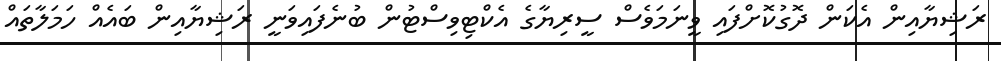
ރަޝިޔާއިން އެކަން ދޮގުކޮށްފައި ވީނަމަވެސް ސީރިޔާގެ އެކްޓިވިސްޓުން ބުނެފައިވަނީ ރަޝިޔާއިން ބައެއް ހަމަލާތައް